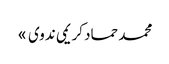
محمد حماد کریمی ندوی »